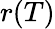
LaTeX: r(T)